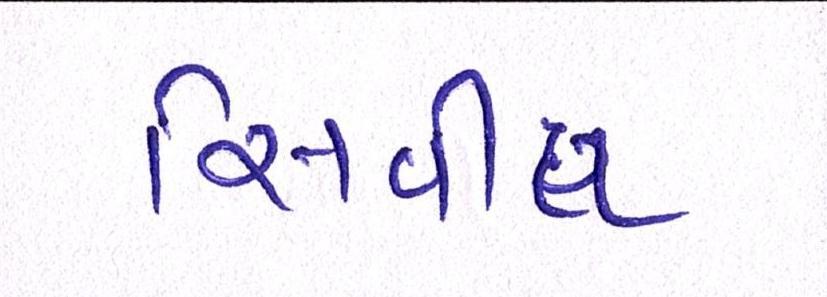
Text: સિવીલ